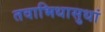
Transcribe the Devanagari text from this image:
तवाभिधासुधां